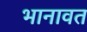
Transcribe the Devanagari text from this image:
भानावत